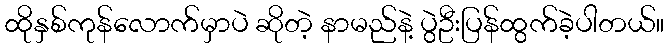
ထိုနှစ်ကုန်လောက်မှာပဲ ဆိုတဲ့ နာမည်နဲ့ ပွဲဦးပြန်ထွက်ခဲ့ပါတယ်။